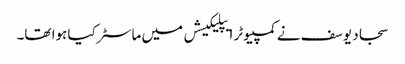
سجاد یوسف نے کمپیوٹر ایپلیکیشں میں ماسٹر کیا ہوا تھا۔